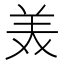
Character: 𫟈